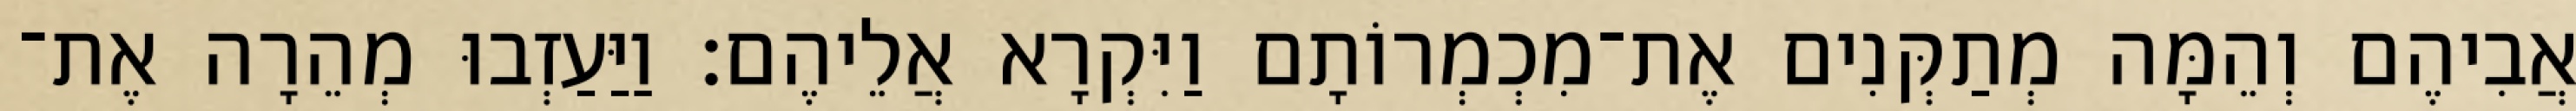
אֲבִיהֶם וְהֵמָּה מְתַקְּנִים אֶת־מִכְמְרוֹתָם וַיִּקְרָא אֲלֵיהֶם׃ וַיַּעַזְבוּ מְהֵרָה אֶת־